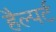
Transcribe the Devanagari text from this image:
हैल्पर्ट